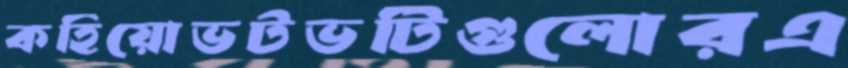
কহিয়োভটভটিগুলোরএ